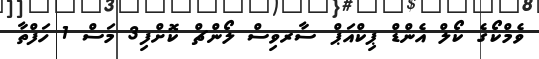
ވެމްކޯގެ ކޯލް އެންޑް ޕިކްއަޕް ސާރވިސް ލޯންޗް ކޮށްފި3 މަސް 1 ހަފްތާ